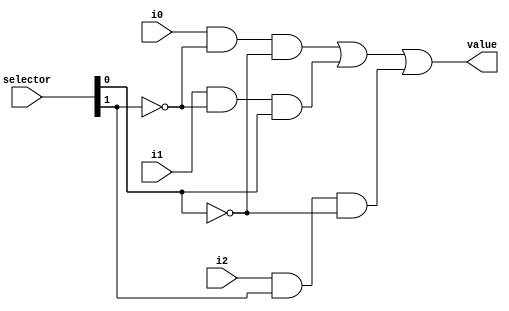
/*
 * 3-1 MUX for lab 1, part 1
 */

module Three_to_One_Mux (
	input i0,
	input i1,
	input i2,
	input [1:0] selector,
	output value
);

	assign value = (i0 & ~selector[1] & ~selector[0]) | // selector == 2'b00
		       (i1 & ~selector[1] &  selector[0]) | // selector == 2'b01
		       (i2 &  selector[1] & ~selector[0]);  // selector == 2'b10;

endmodule